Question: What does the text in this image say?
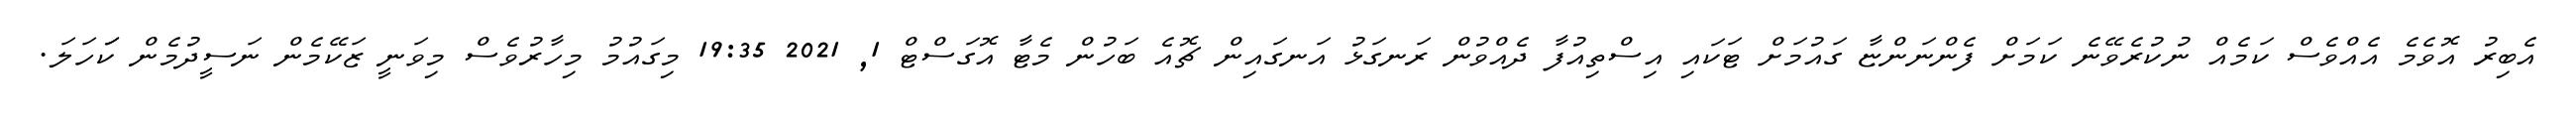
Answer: އެބިރު އޮވެމެ އެއްވެސް ކަމެއް ނުކުރެވޭނެ ކަމަށް ފެންނަންޏާ ގައުމަށް ޓަކައި އިސްތިއުފާ ދެއްވުން ރަނގަޅު އަނގައިން ޗޮއެ ބަހުން މެޓާ އޮގަސްޓް 1, 2021 19:35 މިގައުމު މިހާރުވެސް މިވަނީ ޒަކޭމެން ނަސީދުމެން ކަަހަލަ.